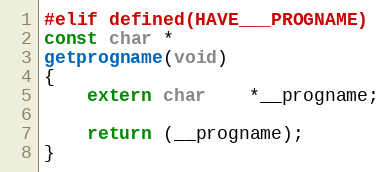
Language: C
#elif defined(HAVE___PROGNAME)
const char *
getprogname(void)
{
	extern char	*__progname;

	return (__progname);
}